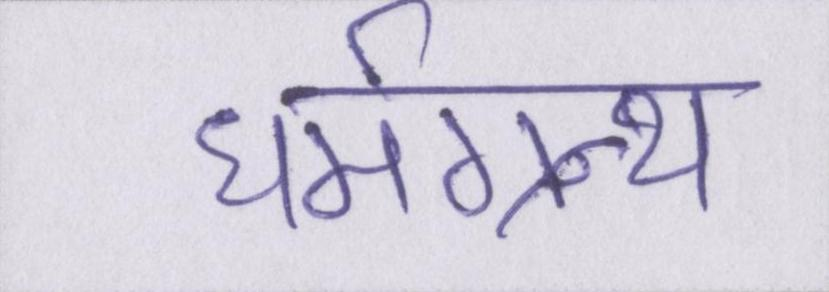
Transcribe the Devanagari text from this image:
धर्मग्रन्थ